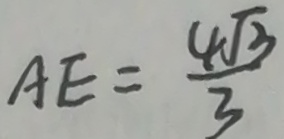
A E = \frac { 4 \sqrt { 3 } } { 3 }